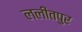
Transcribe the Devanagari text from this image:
ललीतपुर